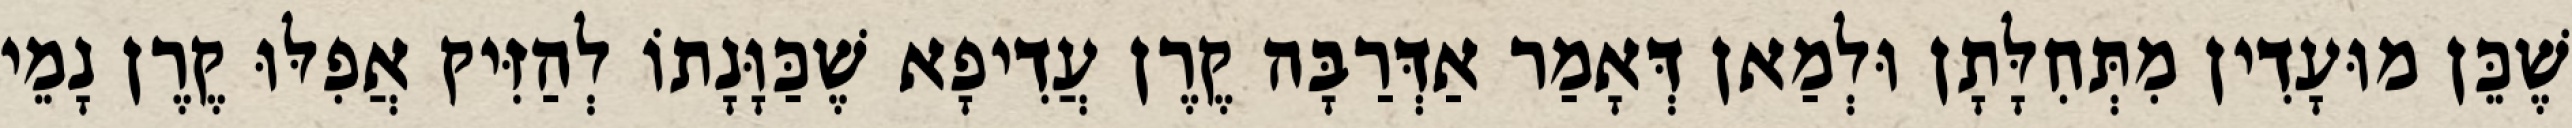
שֶׁכֵּן מוּעָדִין מִתְּחִלָּתָן וּלְמַאן דְּאָמַר אַדְּרַבָּה קֶרֶן עֲדִיפָא שֶׁכַּוָּנָתוֹ לְהַזִּיק אֲפִלּוּ קֶרֶן נָמֵי